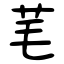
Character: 芼